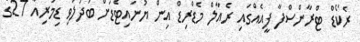
ރެކޯޑް ޓްރާންސްފާ ފީއެއްގައި ރެއާލް މެޑްރިޑް އިން ޔުނައިޓެޑަށް ބަދަލުވި ޑިމަރިއާ 27ގެ